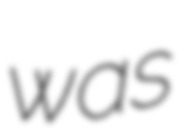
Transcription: was